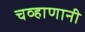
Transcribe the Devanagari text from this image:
चव्हाणानी